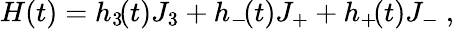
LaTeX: H(t)=h_{3}\! (t)J_{3}+h_{-}\! (t)J_{+}+h_{+}\! (t)J_{-}\ ,